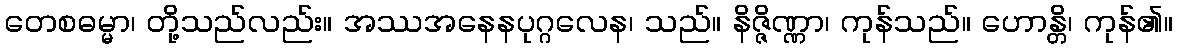
တေစဓမ္မာ၊ တို့သည်လည်း။ အဿအနေနပုဂ္ဂလေန၊ သည်။ နိဇ္ဇိဏ္ဏာ၊ ကုန်သည်။ ဟောန္တိ၊ ကုန်၏။